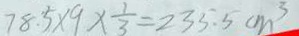
7 8 . 5 \times 9 \times \frac { 1 } { 3 } = 2 3 5 . 5 c m ^ { 3 }